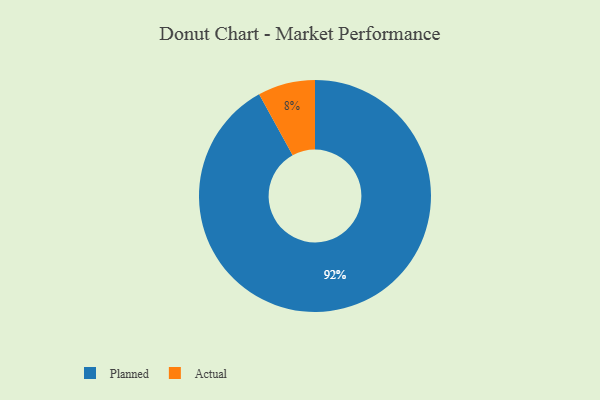
{"axis": {"x": "Category", "y": "Percentage"}, "legend": ["Actual", "Planned"], "data": [{"x": "Planned", "y": 92, "type": "Planned"}, {"x": "Actual", "y": 8, "type": "Actual"}]}